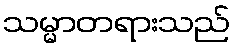
သမ္မာတရားသည်